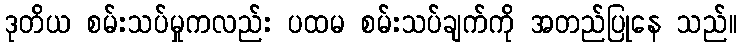
ဒုတိယ စမ်းသပ်မှုကလည်း ပထမ စမ်းသပ်ချက်ကို အတည်ပြုနေ သည်။